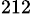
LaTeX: ^{212}